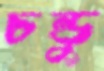
চন্ডু